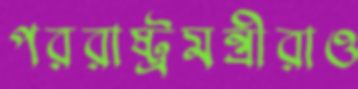
পররাষ্ট্রমন্ত্রীরাও